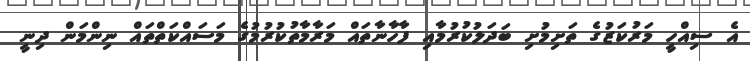
އެ ސިއްހީ މަރުކަޒުގެ ތަށިމުށި ބަދަލުކުރުމާއި ފާހާނާތައް މަރާމާތުކުރުމުގެ މަސައްކަތްތައް ނިންމަން ދިނީ